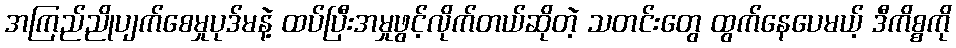
အကြည်ညိုပျက်စေမှုပုဒ်မနဲ့ ထပ်ပြီးအမှုဖွင့်လိုက်တယ်ဆိုတဲ့ သတင်းတွေ ထွက်နေပေမယ့် ဒီကိစ္စကို